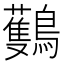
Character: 𪇡